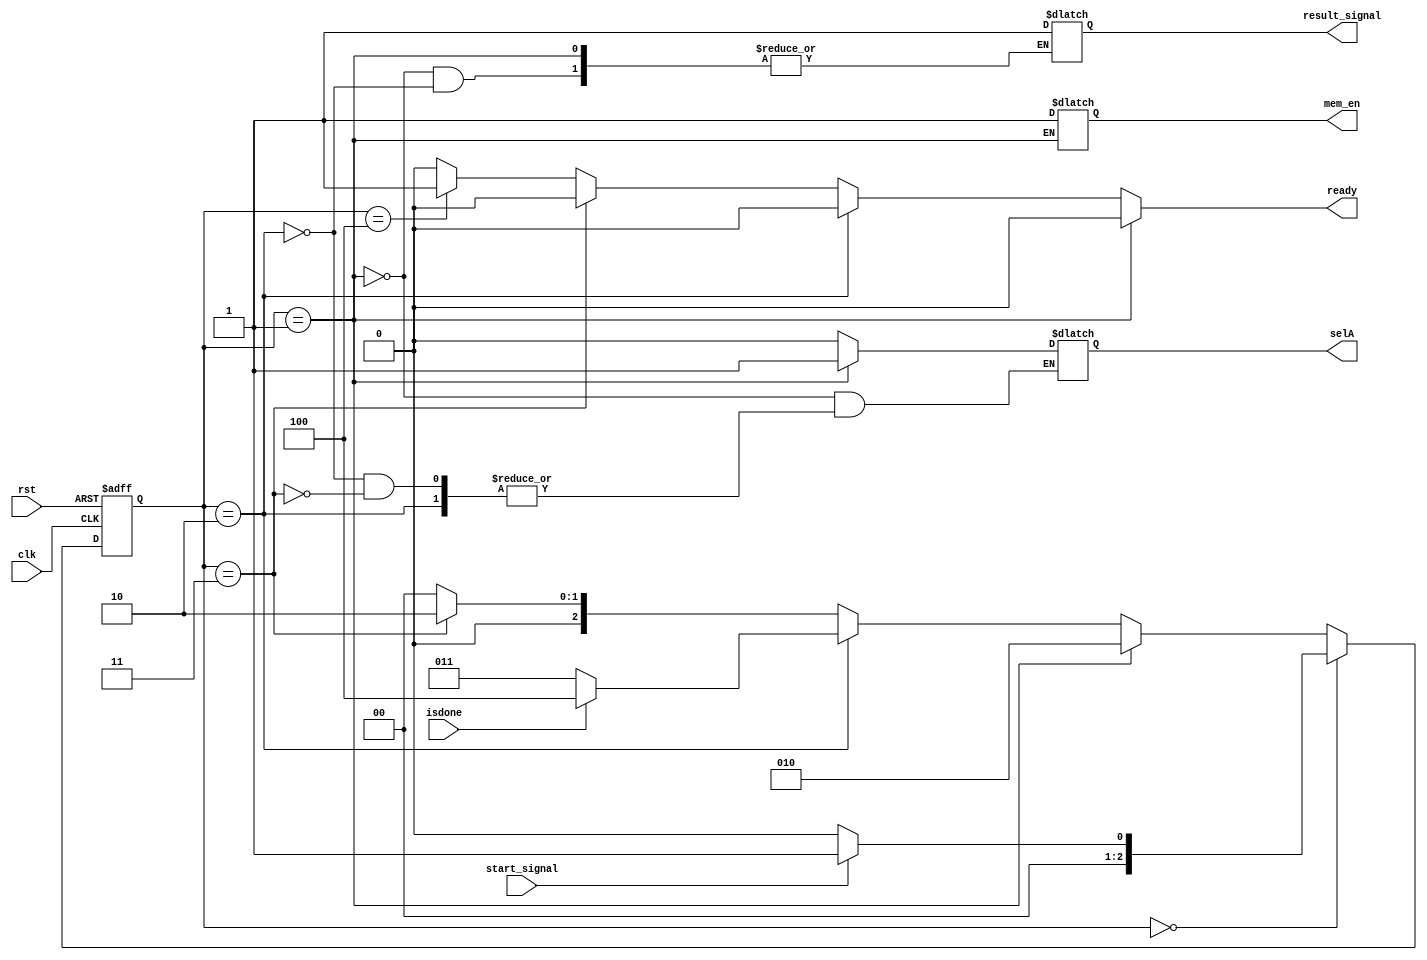
module Controller (input clk, rst,
                     input start_signal,isdone,
                     output reg ready, mem_en, selA, result_signal);

  wire [2:0] Idle = 3'd0, Init = 3'd1, write = 3'd2, mul = 3'd3, Done = 3'd4;

  reg [2:0] pstate, nstate;

  always @(pstate or start_signal)
  begin
    nstate = Idle;
    case (pstate)
      Idle:
        nstate = start_signal ? Init : Idle;
      Init:
        nstate = write;
      write:
        nstate = isdone ? Done : mul;
      mul:
        nstate = write;
      Done:
        nstate = Idle;
    endcase
  end

  always @(pstate)
  begin
    {ready} = 1'd0;
    case (pstate)
      Init:
        {selA, mem_en} = 2'b11;
      write:
        {result_signal} = 1'b1;
      mul:
        {selA} = 1'b0; 
      Done:
        {ready} = 1'd1;

    endcase
  end

  always @(posedge clk or posedge rst)
  begin
    if (rst)
      pstate <= Idle;
    else
      pstate <= nstate;
  end
endmodule